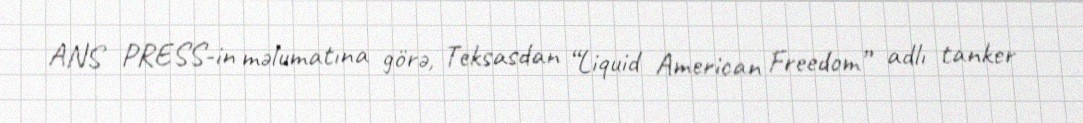
ANS PRESS-in məlumatına görə, Teksasdan “Liquid American Freedom” adlı tanker